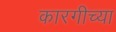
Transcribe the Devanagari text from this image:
कारगीच्या